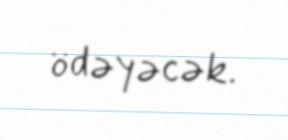
ödəyəcək.